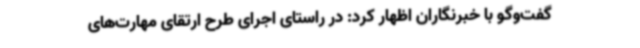
گفت‌وگو با خبرنگاران اظهار کرد: در راستای اجرای طرح ارتقای مهارت‌های